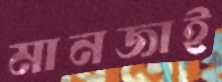
মানজাই